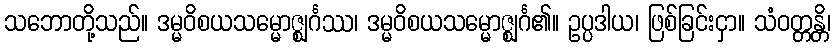
သဘောတို့သည်။ ဒမ္မဝိစယသမ္မောဇ္ဈင်္ဂဿ၊ ဒမ္မဝိစယသမ္မောဇ္ဈင်္ဂ၏။ ဥပ္ပဒါယ၊ ဖြစ်ခြင်းငှာ။ သံဝတ္တန္တိ၊